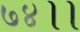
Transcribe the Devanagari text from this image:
७४।।